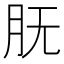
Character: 𰮇